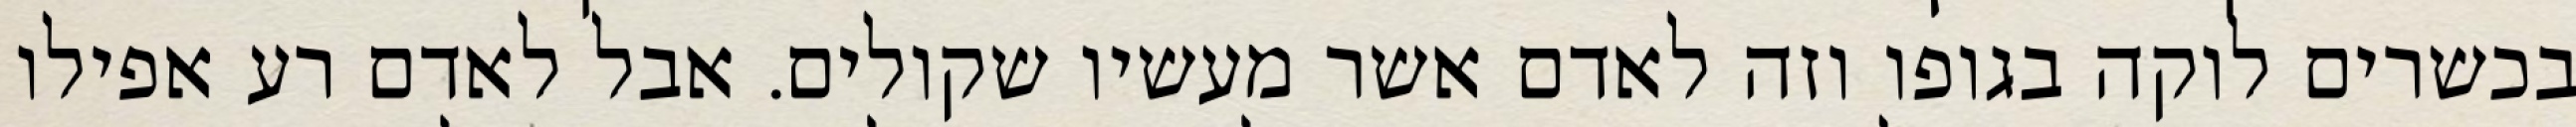
בכשרים לוקה בגופו וזה לאדם אשר מעשיו שקולים. אבל לאדם רע אפילו